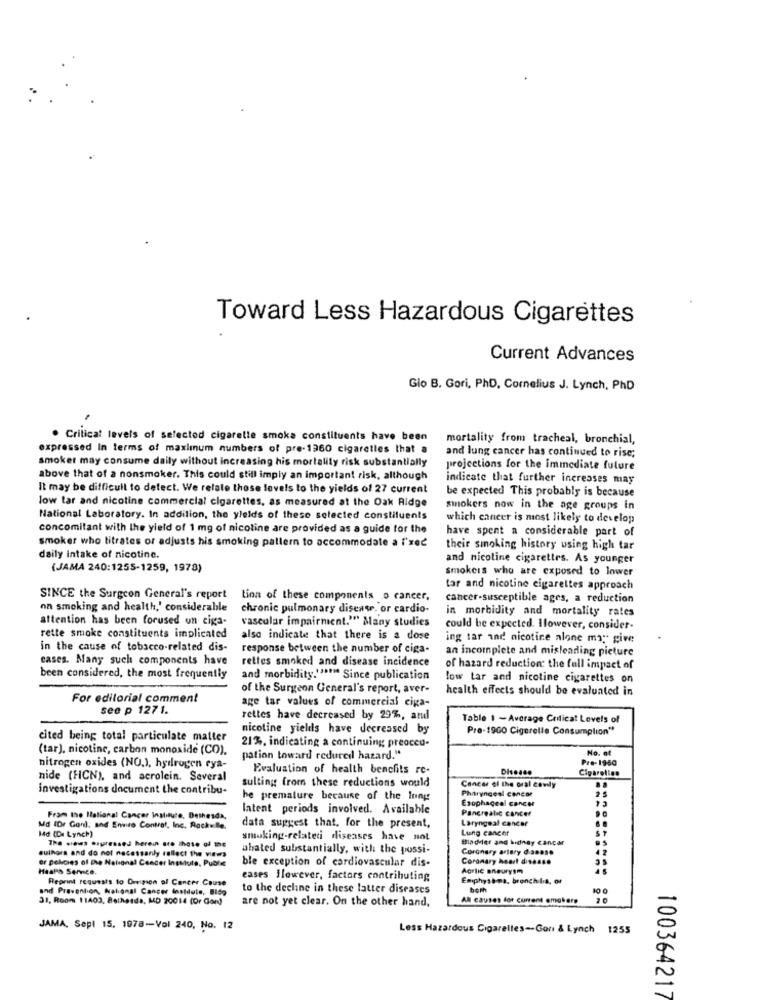
Toward Less Hazardous Cigarettes
Current Advances
Gio B. Gori, PhD, Cornelius J. Lynch, PhD
. Critical levels of selected cigarette smoke constituents have been
mortality from tracheal, bronchial,
expressed In terms of maximum numbers of pre- 1960 cigarettes that a
smoker may consume daily without increasing his mortality risk substantially
and lung cancer has continued to rise;
projections for the immediate future
above that of a nonsmoker. This could still imply an important risk, although
indicate that further increases may
It may be difficult to detect. We relate those levels to the yields of 27 current
be expected This probably is because
low tar and nicotine commercial cigarettes, as measured at the Oak Ridge
smokers now in the age groups in
National Laboratory. In addition, the ylelds of these selected constituents
which caneer is most likely to develop
concomitant with the yield of 1 mg of nicotine are provided as a guide for the
have spent a considerable part of
smoker who titrates or adjusts his smoking pattern to accommodate a l'rec
their smoking history using high tar
daily intake of nicotine.
and nicotine cigarettes. As younger
(JAMA 240:1255-1259, 1978)
smokers who are exposed to lower
tar and nicotine cigarettes approach
SINCE the Surgeon General's report
tion of these components .o cancer,
cancer-susceptible ages, a reduction
on smoking and health,' considerable
chronic pulmonary disease. or cardio-
in morbidity and mortality rates
attention has been forused un ciga-
vascular impairment."" Many studies
could be expected. Ilowever, consider-
rette smoke constituents implicated
also indicate that there is a dose
ing tar and nicotine alone may give
in the cause of tobacco-related dis-
response between the number of ciga-
an incomplete and misleading picture
cases. Many such components have
rettes smoked and disease incidence
of hazard reduction: the full impact of
been considered, the most frequently
and morbidity."""" Since publication
low tar and nicotine cigarettes on
of the Surgeon General's report, aver-
health effects should be evaluated in
For editorial comment
age tar values of commercial eiga-
see p 1271.
rettes have decreased by 29%, and
Table 1 -Average Critical Levels of
nicotine yields have decreased by
Pre-19GO Cigerelle Consumplion"
cited being total particulate matter
(tar), nicotine, carbon monoxide (CO).
21%, indicating a continuing preoccu-
No. of
pation toward redured hazard."
Pre- 1950
nitrogen oxides (NO.), hydrogen eya-
Evaluation of health benchits re-
Cigarelinn
nide (HCN), and acrolein. Several
sulting from these reductions would
investigations document the contribu-
Cancer el the oral cowly
Pharyngeal Cancer
he premature because of the long
Esophageal cancer
Intent periods involved. Available
Pancreatic cancer
Fram the Italianal Cancer Institute, Bethesda,
Laryngeal cancer
Md (Dr Gon), and Enviro Contrat, Inc. Rockville.
Md (Du Lynch)
data suggest that, for the present,
Lung cancer
smoking-related diseases have not
Bladder and kidney cancer
sulhora and do not necessarily reflect the views
The sims aspressed herein are those of me
ahated substantially, with the possi-
Coronary artery disease
or policies of the National Cancer Institute, Puble
Coronary heart disease
Haaks Service.
ble exception of cardiovascular dis-
Agrlic aneurysm
Reprint requests to Oregion of Concer Cause
eases Ilewever, factors contributing
Emphysb-na, bronchilia, or
and Prevention, National Cancer Institute, Bido
to the decline in these latter diseases
10 0
31, Room 11403, Bethesda, MD 20014 (Or Gon)
are not yet clear. On the other hand,
AN causes for current omakers
JAMA, Sepl 15, 1978-Vol 240, No. 12
Less Hazardous Cigarelles-Gon & Lynch 1255
100364217